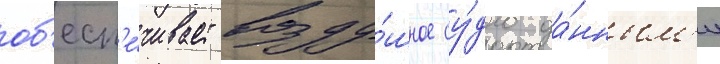
об'есп'е́чивает возду́шное су́дно да́нным'и